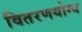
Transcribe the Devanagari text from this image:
वितरणयोग्य